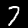
Label: 7